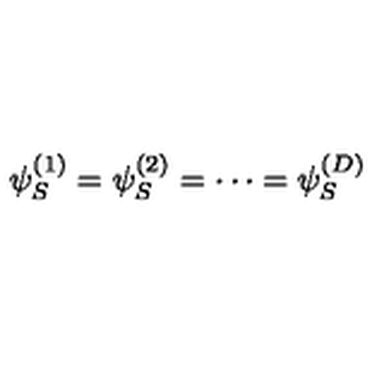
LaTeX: \psi _ { S } ^ { ( 1 ) } = \psi _ { S } ^ { ( 2 ) } = \cdots = \psi _ { S } ^ { ( D ) }